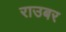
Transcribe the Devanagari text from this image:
राउबर